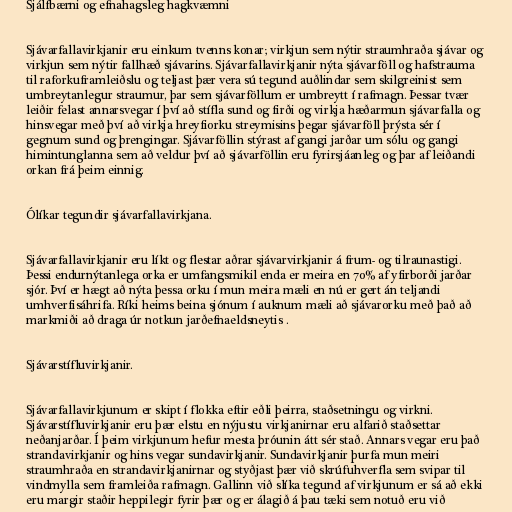
Sjálfbærni og efnahagsleg hagkvæmni

Sjávarfallavirkjanir eru einkum tvenns konar; virkjun sem nýtir straumhraða sjávar og
virkjun sem nýtir fallhæð sjávarins. Sjávarfallavirkjanir nýta sjávarföll og hafstrauma
til raforkuframleiðslu og teljast þær vera sú tegund auðlindar sem skilgreinist sem
umbreytanlegur straumur, þar sem sjávarföllum er umbreytt í rafmagn. Þessar tvær
leiðir felast annarsvegar í því að stífla sund og firði og virkja hæðarmun sjávarfalla og
hinsvegar með því að virkja hreyfiorku streymisins þegar sjávarföll þrýsta sér í
gegnum sund og þrengingar. Sjávarföllin stýrast af gangi jarðar um sólu og gangi
himintunglanna sem að veldur því að sjávarföllin eru fyrirsjáanleg og þar af leiðandi
orkan frá þeim einnig.

Ólíkar tegundir sjávarfallavirkjana.

Sjávarfallavirkjanir eru líkt og flestar aðrar sjávarvirkjanir á frum- og tilraunastigi.
Þessi endurnýtanlega orka er umfangsmikil enda er meira en 70% af yfirborði jarðar
sjór. Því er hægt að nýta þessa orku í mun meira mæli en nú er gert án teljandi
umhverfisáhrifa. Ríki heims beina sjónum í auknum mæli að sjávarorku með það að
markmiði að draga úr notkun jarðefnaeldsneytis .

Sjávarstífluvirkjanir.

Sjávarfallavirkjunum er skipt í flokka eftir eðli þeirra, staðsetningu og virkni.
Sjávarstífluvirkjanir eru þær elstu en nýjustu virkjanirnar eru alfarið staðsettar
neðanjarðar. Í þeim virkjunum hefur mesta þróunin átt sér stað. Annars vegar eru það
strandavirkjanir og hins vegar sundavirkjanir. Sundavirkjanir þurfa mun meiri
straumhraða en strandavirkjanirnar og styðjast þær við skrúfuhverfla sem svipar til
vindmylla sem framleiða rafmagn. Gallinn við slíka tegund af virkjunum er sá að ekki
eru margir staðir heppilegir fyrir þær og er álagið á þau tæki sem notuð eru við